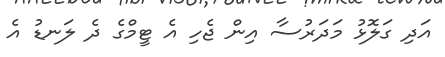
އަދި ގަލޮޅު މަދަރުސާ އިން ޖެހި އެ ޓީމްގެ ދެ ލަނޑު އެ